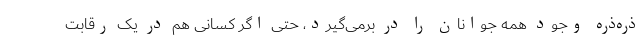
ذره‌ذره وجود همه جوانان را در برمی‌گیرد، حتی اگر کسانی هم در یک رقابت